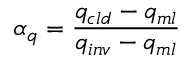
\alpha _ { q } = \frac { q _ { c l d } - q _ { m l } } { q _ { i n v } - q _ { m l } }